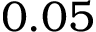
0 . 0 5